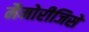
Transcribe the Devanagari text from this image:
मैमोरीजिसे